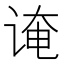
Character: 𫍫